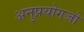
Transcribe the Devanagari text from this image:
अनुप्रयोगजो